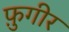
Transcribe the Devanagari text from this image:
फ़ुगीर